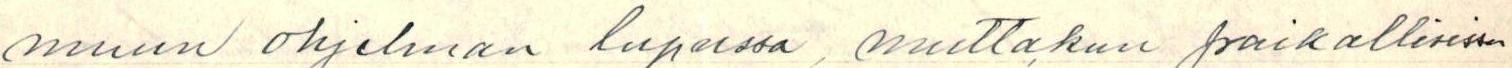
muun ohjelman lopussa, muttakun paikallisissa